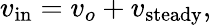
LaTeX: v_{\mathrm{in}}=v_{o}+v_{\mathrm{steady}},